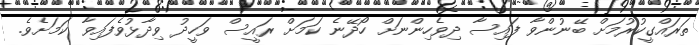
ތަރައްގީކުރުމަށް ބޭނުންވާ ފައިސާ ދިވެހިންނަށް ހޯދޭނެ ކަމަށް ރައީސް ވަހީދު ވިދާޅުވެފައިވާ ކަމަށެވެ.